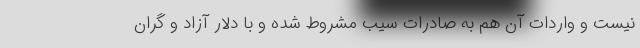
نیست و واردات آن هم به صادرات سیب مشروط شده و با دلار آزاد و گران